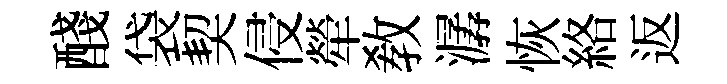
醆袋契侵犖敎潺恢絡返